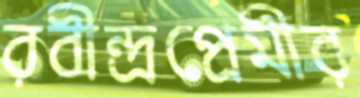
রবীন্দ্রপ্রেমীর